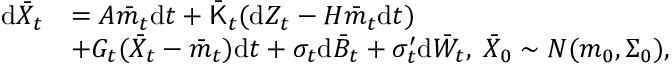
\begin{array} { r l } { \mathrm { d } \bar { X } _ { t } } & { = A \bar { m } _ { t } \mathrm { d } t + \bar { \sf K } _ { t } ( \mathrm { d } Z _ { t } - H \bar { m } _ { t } \mathrm { d } t ) } \\ & { + G _ { t } ( \bar { X } _ { t } - \bar { m } _ { t } ) \mathrm { d } t + \sigma _ { t } \mathrm { d } \bar { B } _ { t } + \sigma _ { t } ^ { \prime } \mathrm { d } \bar { W } _ { t } , \; \bar { X } _ { 0 } \sim N ( m _ { 0 } , \Sigma _ { 0 } ) , } \end{array}